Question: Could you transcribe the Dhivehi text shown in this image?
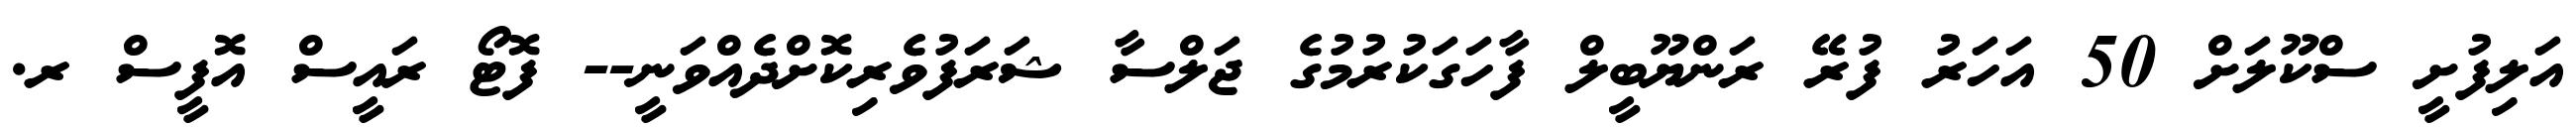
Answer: އަލިފުށީ ސްކޫލަށް 50 އަހަރު ފުރޭ ރަންޔޫބީލް ފާހަގަކުރުމުގެ ޖަލްސާ ޝަރަފުވެރިކޮށްދެއްވަނީ-- ފޮޓޯ ރައީސް އޮފީސް ރ.